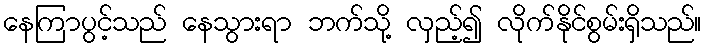
နေကြာပွင့်သည် နေသွားရာ ဘက်သို့ လှည့်၍ လိုက်နိုင်စွမ်းရှိသည်။